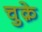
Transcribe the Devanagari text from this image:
चुक़े